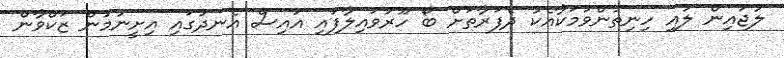
ލުޖައިން ލުއި ހިނިތުންވުމަކާއެކު ދެފަރާތަށް ބޯ ހޫރުވައިލާފައި އައިސް އެނދުގައި އިށީނުމުން ޒަކްވާން